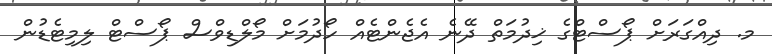
މ. ދިއްގަރަށް ޕޯސްޓްގެ ޚިދުމަތް ދޭނެ އެޖެންޓެއް ހޯދުމަށް މޯލްޑިވްސް ޕޯސްޓް ލިމިޓެޑުން